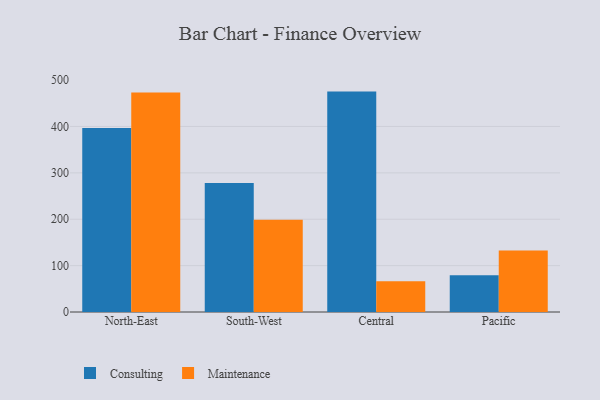
{"axis": {"x": "Region", "y": "Market Share (%)"}, "legend": ["Consulting", "Maintenance"], "data": [{"x": "North-East", "y": 396.5, "type": "Consulting"}, {"x": "North-East", "y": 473.3, "type": "Maintenance"}, {"x": "South-West", "y": 278.4, "type": "Consulting"}, {"x": "South-West", "y": 198.9, "type": "Maintenance"}, {"x": "Central", "y": 475.2, "type": "Consulting"}, {"x": "Central", "y": 66.1, "type": "Maintenance"}, {"x": "Pacific", "y": 79.5, "type": "Consulting"}, {"x": "Pacific", "y": 132.4, "type": "Maintenance"}]}